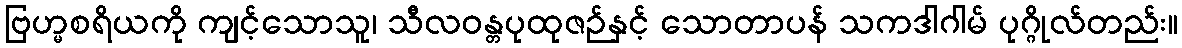
ဗြဟ္မစရိယကို ကျင့်သောသူ၊ သီလဝန္တပုထုဇဉ်နှင့် သောတာပန် သကဒါဂါမ် ပုဂ္ဂိုလ်တည်း။